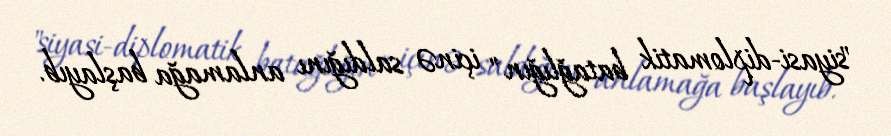
"siyasi-diplomatik batağlığın" içinə saldığını anlamağa başlayıb.